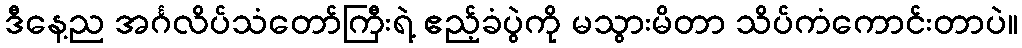
ဒီနေ့ည အင်္ဂလိပ်သံတော်ကြီးရဲ့ ဧည့်ခံပွဲကို မသွားမိတာ သိပ်ကံကောင်းတာပဲ။